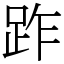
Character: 䟭